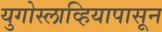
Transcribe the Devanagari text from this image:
युगोस्लाव्हियापासून